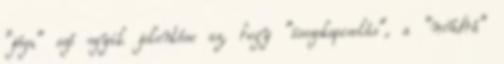
"jóga" szó egyik jelentése az, hogy "összekapcsolás", a "múdrá"